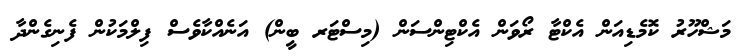
މަޝްހޫރު ކޮމެޑިއަން އެކްޓާ ރޯވަން އެކްޓިންސަން (މިސްޓަރ ބީން) އަނެއްކާވެސް ފިލްމަކުން ފެނިގެންދާ